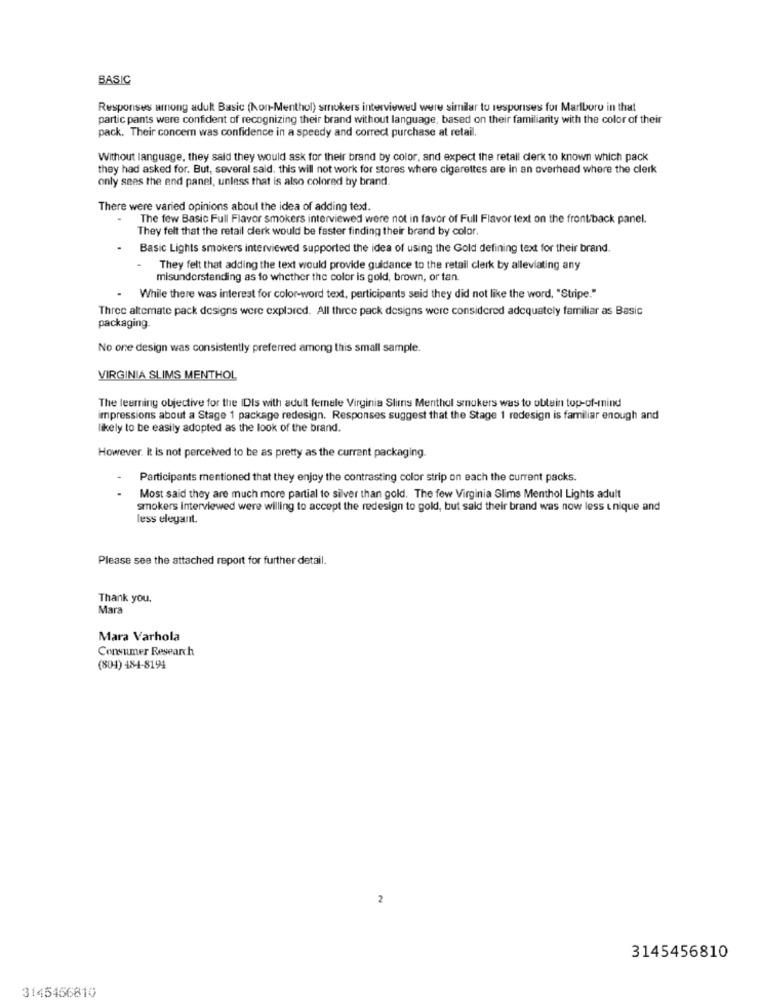
BASIC
Responses among adult Basic (Non-Menthol) smokers interviewed were similar to responses for Marlboro in that
partic pants were confident of recognizing their brand without language, based on their familiarity with the color of their
pack. Their concern was confidence in a speedy and correct purchase at retail.
Without language, they said they would ask for their brand by color, and expect the retall derk to known which pack
they had asked for. But, several said, this will not work for stores where cigarettes are in an overhead where the clerk
only sees the end panel, unless that is also colored by brand.
There were varied opinions about the idea of adding text.
The few Basic Full Flavor smokers interviewed were not in favor of Full Flavor text on the frontback panel.
They felt that the retail derk would be faster finding their brand by color.
Basic Lights smokers interviewed supported the idea of using the Gold defining text for their brand.
They felt that adding the text would provide guidance to the retail clerk by alleviating any
misunderstanding as to whether the color is gold, brown, or tan.
While there was interest for color-word text, participants said they did not like the word, "Stripe."
Three altemate pack designs were explored. All three pack designs were considered adequately familiar as Basic
packaging
No one design was consistently preferred among this small sample.
VIRGINIA SLIMS MENTHOL
The learning objective for the IDIs with adult female Virginia Slims Menthol smokers was to obtain top-of-mind
impressions about a Stage 1 package redesign. Responses suggest that the Stage 1 redesign is familiar enough and
likely to be easily adopted as the look of the brand.
However. it is not perceived to be as pretty as the current packaging.
Participants mentioned that they enjoy the contrasting color strip on each the current packs.
Most said they are much more partial to silver than gold. The few Virginia Slims Menthol Lights adult
smokers interviewed were willing to accept the redesign to gold, but said their brand was now less unique and
less elegant.
Please see the attached report for further detail.
Thank you.
Mara
Mara Varhola
Consumer Research
(804) 484-8194
2
3145456810
3145456810